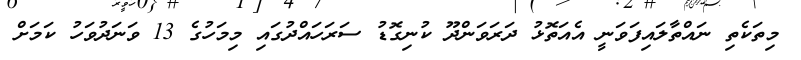
މިތަކެތި ނައްތާލައިފަވަނީ އެއަތޮޅު ދަރަވަންދޫ ކުނިގޮޑު ސަރަހައްދުގައި މިމަހުގެ 13 ވަނަދުވަހު ކަމަށް